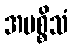
အပစ္စိသံ